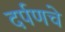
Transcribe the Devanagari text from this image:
दर्पणचे